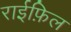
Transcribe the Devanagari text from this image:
राईफ़िल